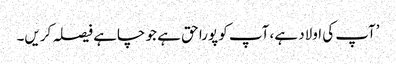
’آپ کی اولاد ہے، آپ کو پورا حق ہے جو چاہے فیصلہ کریں۔